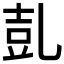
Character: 𠃸